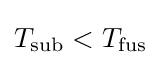
T_{\rm {sub}}<T_{\rm {fus}}